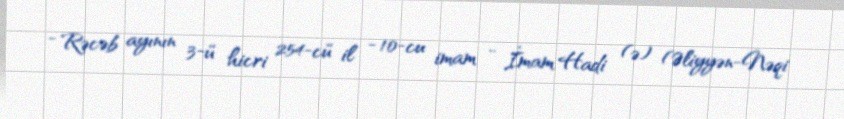
- Rəcəb ayının 3-ü hicri 254-cü il - 10-cu imam - İmam Hadi (ə) (Əliyyən-Nəqi